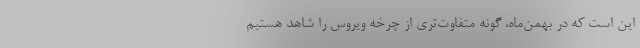
این است که در بهمن‌ماه، گونه متفاوت‌تری از چرخه ویروس را شاهد هستیم